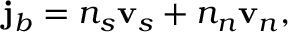
{ \bf j } _ { b } = n _ { s } { \bf v } _ { s } + n _ { n } { \bf v } _ { n } ,